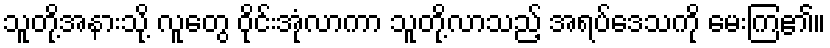
သူတို့အနားသို့ လူတွေ ဝိုင်းအုံလာကာ သူတို့လာသည့် အရပ်ဒေသကို မေးကြ၏။